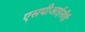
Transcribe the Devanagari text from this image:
एसपीआईसीई